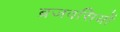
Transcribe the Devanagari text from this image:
ब्रजवसियों